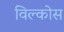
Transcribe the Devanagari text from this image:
विल्कोस